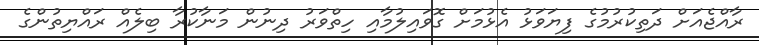
ރާއްޖެއަށް ދަތިކުރުމުގެ ފިޔަވަޅު އެޅުމަށް ގޮވައިލުމާއި ހިތްވަރު ދިނުން މަނާކުރާ ބިލެއް ރައްޔިތުންގެ